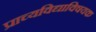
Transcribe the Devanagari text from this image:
प्राच्यविद्याविषयक